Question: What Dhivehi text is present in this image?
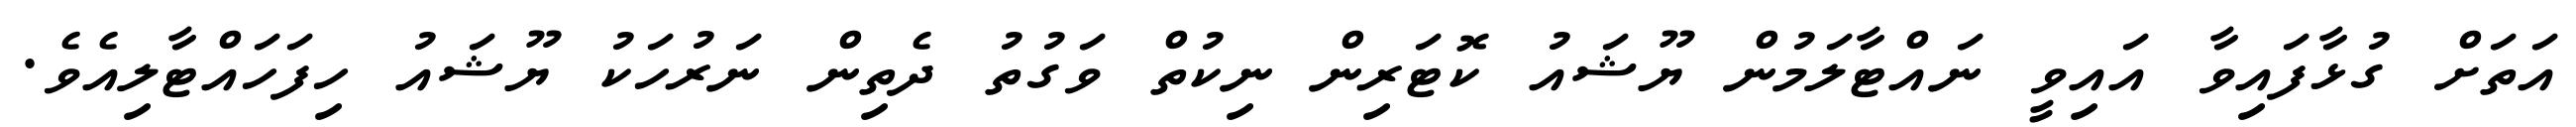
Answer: އަތަށް ގުޅާފައިވާ އައިވީ ނައްޓާލަމުން ޔޫޝައު ކޮޓަރިން ނިކުތް ވަގުތު ދެތިން ނަރުހަކު ޔޫޝައު ހިފަހައްޓާލިއެވެ.